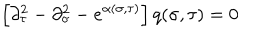
\left[ \partial _ { \tau } ^ { 2 } - \partial _ { \sigma } ^ { 2 } - e ^ { \alpha ( \sigma , \tau ) } \right] q ( \sigma , \tau ) = 0